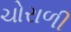
ચોરાળી